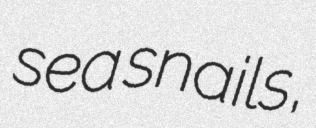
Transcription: sea snails,